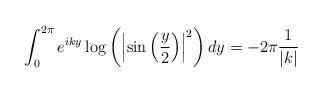
LaTeX: \begin{align*} \int_{0}^{2\pi} e^{iky} \log\left(\left|\sin\left(\frac{y}{2}\right)\right|^{2}\right)dy = -2\pi\frac{1}{|k|}\end{align*}